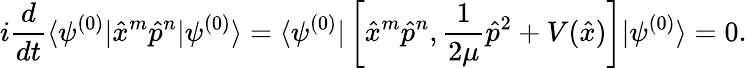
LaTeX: i\frac{d}{dt}\langle\psi^{(0)}|\hat{x}^{m}\hat{p}^{n}|\psi^{(0)}\rangle=\langle\psi^{(0)}|\left[\hat{x}^{m}\hat{p}^{n},\frac{1}{2\mu}\hat{p}^{2}+V(\hat{x})\right]|\psi^{(0)}\rangle=0.